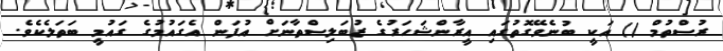
ރުސްތުމް () އަކީ ބުނެވޭގޮތުގައި އީރާންޝަހަރުގެ ޒުބަލިސްތާނަށް އުފަން އެގައުމުގެ ގައުމީ ބަތަލެކެވެ.